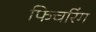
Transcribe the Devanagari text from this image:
फिचरिंग